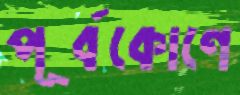
পূর্বকোণে